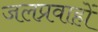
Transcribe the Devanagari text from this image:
जलप्रवाहों